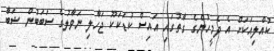
ކުއްލިއަކަށް އެ ދެމީހުންގެ ގާތުގައި އައިސް ކުޑަކަކޫ ޖަހާލި ނަވާލުގެ ސަބަބުން ޝަބާ